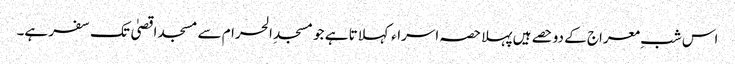
اس شبِ معراج کے دو حصے ہیں پہلا حصہ اسراء کہلاتا ہے جو مسجدِ الحرام سے مسجد اقصیٰ تک سفر ہے۔